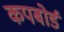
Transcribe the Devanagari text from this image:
कपबोर्ड